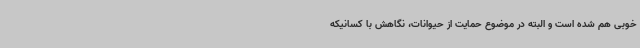
خوبی هم شده است و البته در موضوع حمایت از حیوانات، نگاهش با کسانیکه